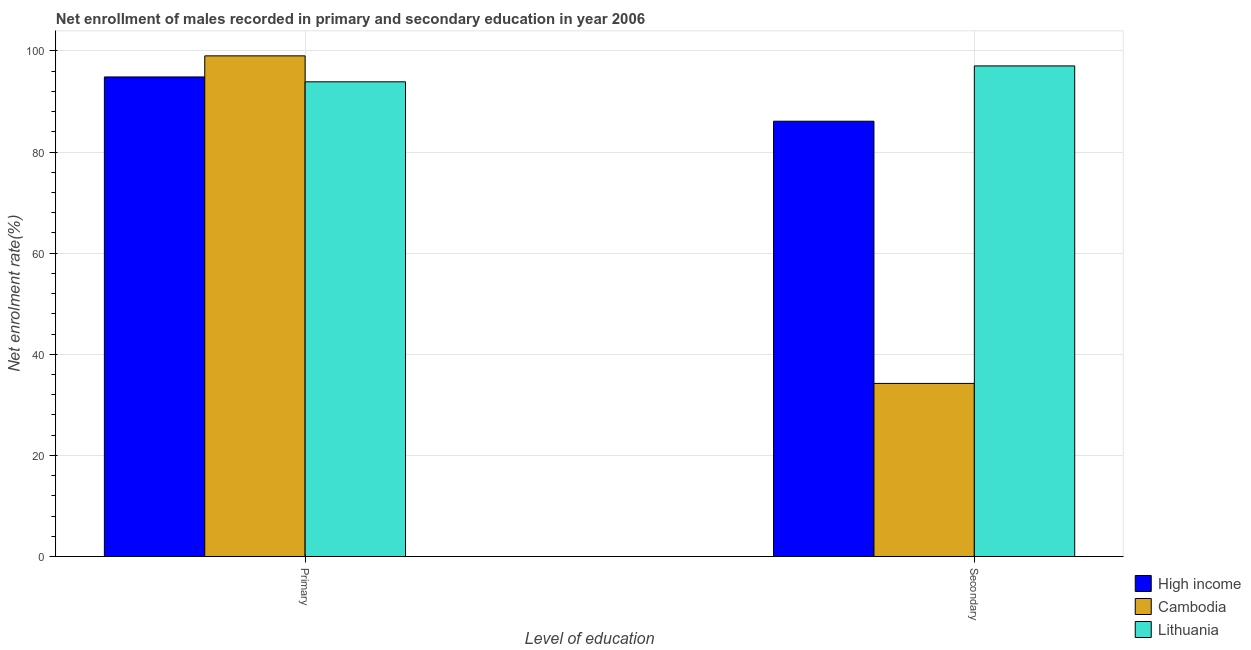
| Level of education | High income | Cambodia | Lithuania |
 | --- | --- | --- | --- |
 | Primary | 94.9 | 99 | 93.9 |
 | Secondary | 86.1 | 34.2 | 97 |